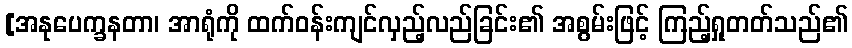
[အနုပေက္ခနတာ၊ အာရုံကို ထက်ဝန်းကျင်လှည့်လည်ခြင်း၏ အစွမ်းဖြင့် ကြည့်ရှုတတ်သည်၏